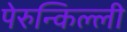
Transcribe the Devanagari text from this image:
पेरुन्किल्ली